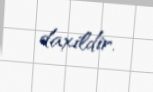
daxildir.